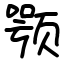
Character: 颚